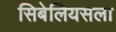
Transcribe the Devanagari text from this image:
सिबेलियसला